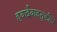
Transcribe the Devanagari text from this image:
हवाईवाहतुकीचे